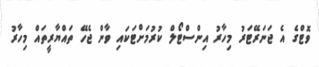
ވޮޓްގެ އެ ޖަނަރޭޓަރު މިހާރު އިންސްޓޯލް ކުރުމަށްޓަކައި ވާން ޖެހޭ ތައްޔާރީތައް މިހާރު